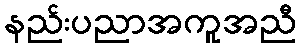
နည်းပညာအကူအညီ